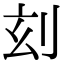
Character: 𠛑